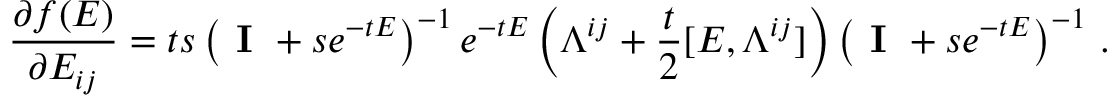
\frac { \partial f ( \boldsymbol { E } ) } { \partial E _ { i j } } = t s \left( \textbf { I } + s e ^ { - t \boldsymbol { E } } \right) ^ { - 1 } e ^ { - t \boldsymbol { E } } \left( \boldsymbol { \Lambda } ^ { i j } + \frac { t } { 2 } [ \boldsymbol { E } , \boldsymbol { \Lambda } ^ { i j } ] \right) \left( \textbf { I } + s e ^ { - t \boldsymbol { E } } \right) ^ { - 1 } \, .